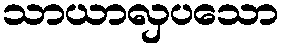
သာယာလှပသော